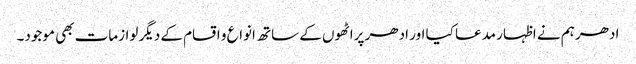
ادھر ہم نے اظہار مدعا کیا اور ادھر پراٹھوں کے ساتھ انواع و اقسام کے دیگر لوازمات بھی موجود۔